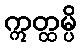
ဣတ္ထမ္ပိ